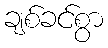
ချစ်ခင်စွာ